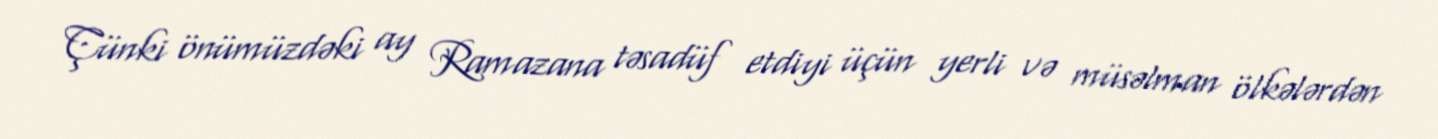
Çünki önümüzdəki ay Ramazana təsadüf etdiyi üçün yerli və müsəlman ölkələrdən